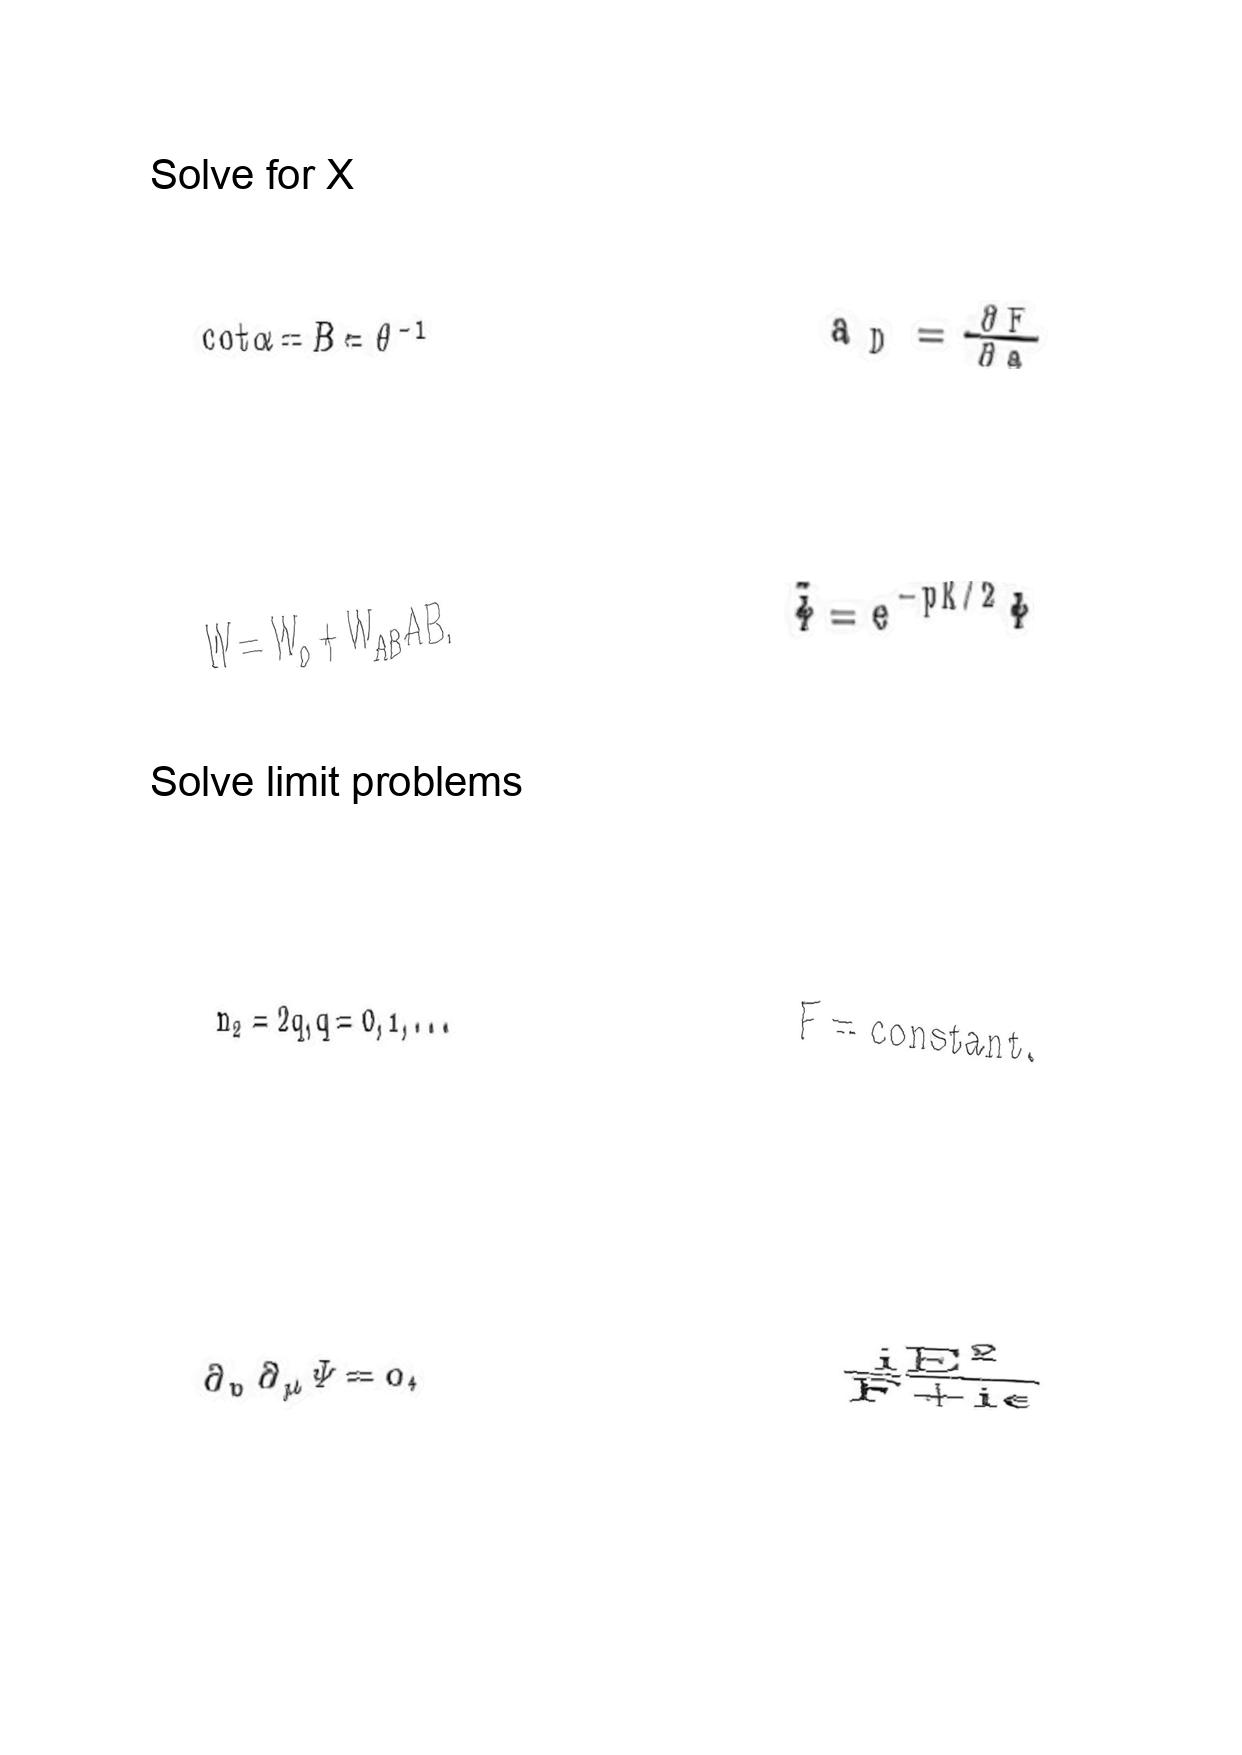
LaTeX transcription:
\mathrm { c o t } \alpha = B = \theta ^ { - 1 }
W = W _ { o } + W _ { A B } A B .
n _ { 2 } = 2 q , q = 0 , 1 , . . .
\partial _ { 0 } \partial _ { \mu } \Psi = 0 ,
a _ { D } = \frac { \partial F } { \partial a }
\tilde { \Phi } = e ^ { - p K / 2 } \Phi
F = \mathrm { c o n s t a n t } .
\frac { i E ^ { 2 } } { F + i \epsilon }